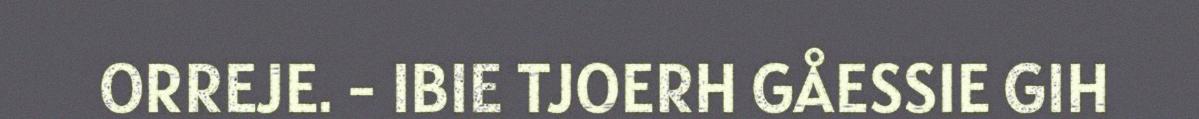
ORREJE. - IBIE TJOERH GÅESSIE GIH